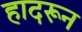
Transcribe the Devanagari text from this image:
हादरून